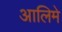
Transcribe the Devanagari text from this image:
आलिमे